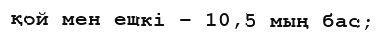
қой мен ешкі – 10,5 мың бас;